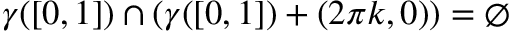
\gamma ( [ 0 , 1 ] ) \cap ( \gamma ( [ 0 , 1 ] ) + ( 2 \pi k , 0 ) ) = \emptyset